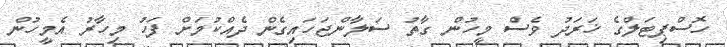
ހޮސްޕިޓަލްގެ ޚަރަދު ވެސް މީހުން ގާތު ސަލާންޖަހައިގެން ދެއްކުމަށް ފަހު މިހާރު އެމީހުން